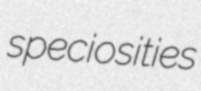
speciosities